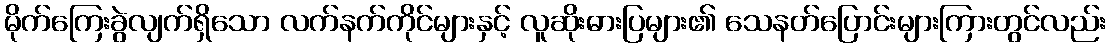
မိုက်ကြေးခွဲလျက်ရှိသော လက်နက်ကိုင်များနှင့် လူဆိုးဓားပြများ၏ သေနတ်ပြောင်းများကြားတွင်လည်း